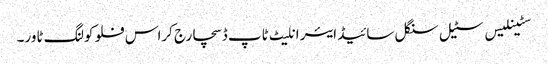
سٹینلیس سٹیل سنگل سائیڈ ایئر انلیٹ ٹاپ ڈسچارج کراس فلو کولنگ ٹاور۔